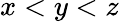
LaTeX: x<y<z